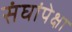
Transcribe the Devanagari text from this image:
संघांपेक्षा